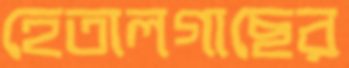
হেতালগাছের